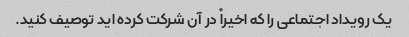
یک رویداد اجتماعی را که اخیراً در آن شرکت کرده اید توصیف کنید.